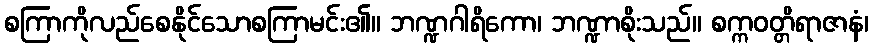
စကြာကိုလည်စေနိုင်သောစကြာမင်း၏။ ဘဏ္ဍဂါရိကော၊ ဘဏ္ဍာစိုးသည်။ စက္ကဝတ္တိရာဇာနံ၊